Source: Handwritten
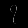
Digit: ၇ (7)